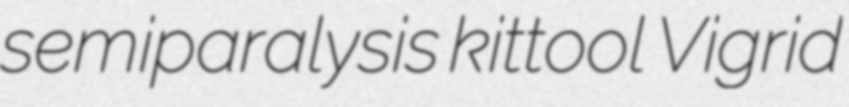
semiparalysis kittool Vigrid